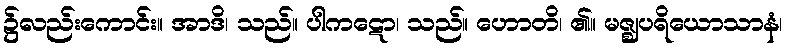
၌လည်းကောင်း။ အာဒိ၊ သည်။ ပါကဋော၊ သည်။ ဟောတိ၊ ၏။ မဇ္ဈပရိယောသာနံ၊